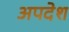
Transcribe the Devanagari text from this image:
अपदेश